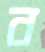
ব